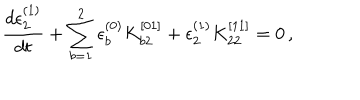
\frac { d \epsilon _ { 2 } ^ { ( 1 ) } } { d t } + \sum _ { b = 1 } ^ { 2 } \epsilon _ { b } ^ { ( 0 ) } K _ { b 2 } ^ { [ 0 1 ] } + \epsilon _ { 2 } ^ { ( 1 ) } K _ { 2 2 } ^ { [ 1 1 ] } = 0 \, ,